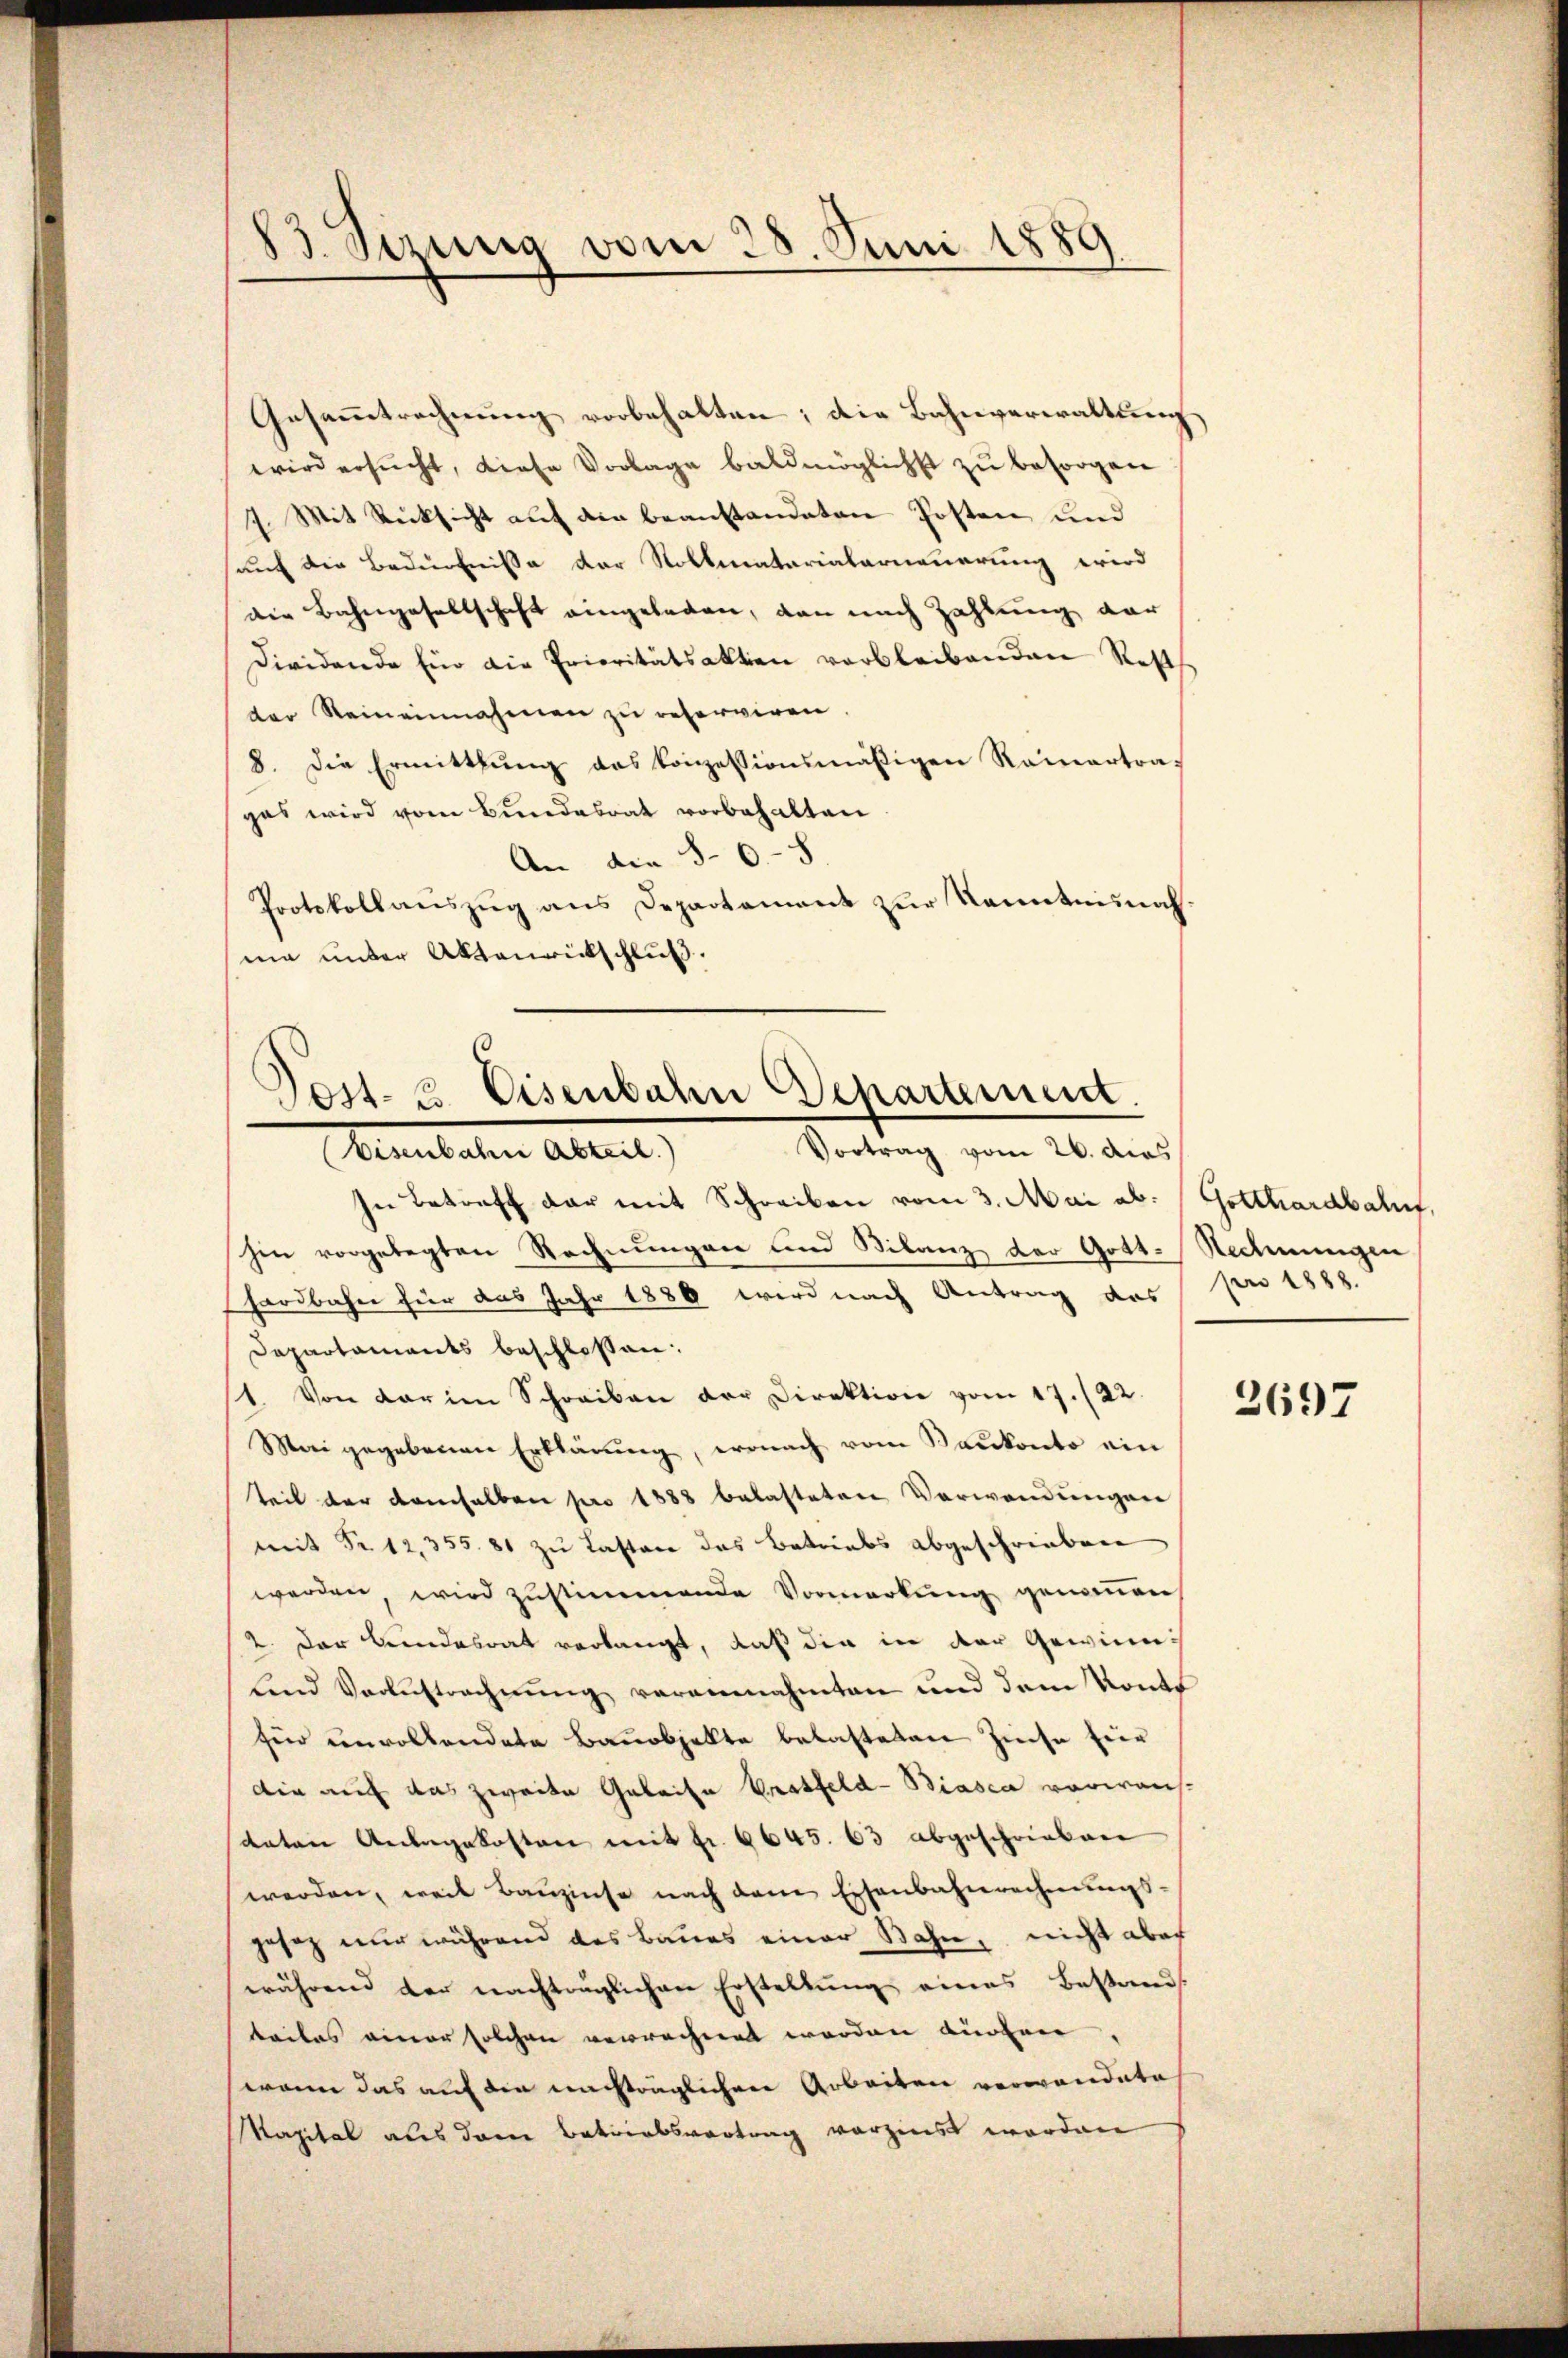
13. Sezung vom 28. Juni 1889

Gesammtrechnung vorbehalten; die Bahnverwaltung
wird ersucht, diese Vorlage baldmöglichst zu besorgen
7. Mit Rücksicht auf die beanstandeten Posten und
auf die Bedürfniße der Rollmatarialerneuerung wird
die Bahngesellschaft eingeladen, dan nach Zahlung dar
dividende Ein die Prioritätsaktion verbleibenden Rest
der Reineinnahmen zu reserviren
8. Die Ermittlung das konzessionsmäßigen Rainertragas wird vom Bundesrat vorbehalten
An die S. 68.
Protokollaŭszŭg ans Departement zŭr Kenntninas.
ma unter Aktenrückschluß.

Post. Eisenbahn Departement.
Vortrag vom 26. dies
Simulaten Altant

In Betreff der mit Schreiben vom 3. Mai ab. Gotthardbahnf,
hin vorgelegten Rechnungen und Bilanz der Gott. Rechnungen
hardbahn für das Jahr 1880 wird nach Antrag des pro 1888.
Departaments beschlossen:
1. Von der im Schreiben der Direktion vom 17. 22.
Meri gegebenen Erklärŭng, wonach vom Baŭkonto ein
teil der demselben pro 1888 belasteten Verwendungen
mit Fr. 12,355. 81 zu Lasten das Betriebs abgeschrieben
werden, wird zustimmende Vormerkung genommen,
2. Der Bundesrat verlangt, daß die in der Gewinn
Lind Verlustrechnung verannahmten und dem Konto
für unvollendete Banobjekte belasteten Zinse für
die auf das zweite Geleise Brotfeld-Biasca vorweichsvaten Anlagekosten mit Fr. 6645. 63 abgeschrieben
werden, weil Baŭzinse nach dem Eisenbahnrechnŭngs-
gesez nur während des Baues einer Bahn, nicht aber
während der nachträglichen Erstellung eines Bestands
beiles einer solchen verrechnet worden dürfen,
wenn das auf die machträglichen Arbeiten verwandete
Kapital aus dem Betriebsvertrag vorzinst worden

3697